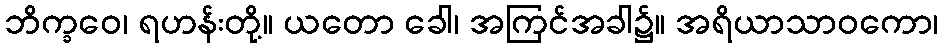
ဘိက္ခဝေ၊ ရဟန်းတို့။ ယတော ခေါ၊ အကြင်အခါ၌။ အရိယာသာဝကော၊